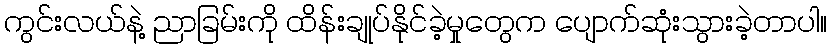
ကွင်းလယ်နဲ့ ညာခြမ်းကို ထိန်းချုပ်နိုင်ခဲ့မှုတွေက ပျောက်ဆုံးသွားခဲ့တာပါ။